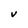
Character: V